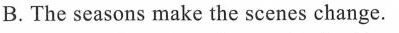
B.The seasons make the scenes change.